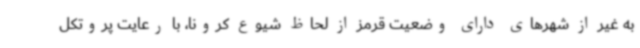
به غیر از شهرهای دارای وضعیت قرمز از لحاظ شیوع کرونا، با رعایت پروتکل